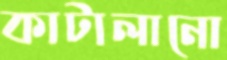
কাটালানো